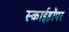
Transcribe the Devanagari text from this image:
स्काईहॉपर